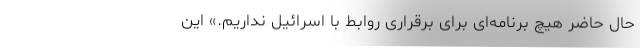
حال حاضر هیچ برنامه‌ای برای برقراری روابط با اسرائیل نداریم.» این